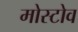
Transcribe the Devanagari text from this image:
मोस्टोव